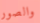
والصور